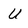
Character: U